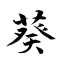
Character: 葵